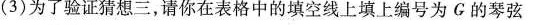
(3)为了验证猜想三，请你在表格中的填空线上填上编号为G的琴弦